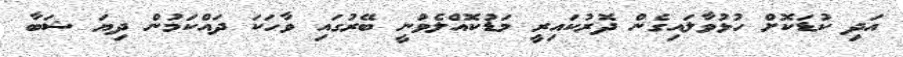
އަދި ކުޑަކޮށް ހުޅުވާލައިގެން ދޮރުކައިރީ މަޑުކޮއްލެވުނީ ބޭރުގައި ވާހަކަ ދައްކަމުން ދިޔަ ޝަބާ